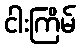
ငါးကြိမ်